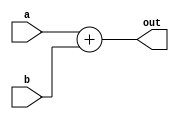
module ADD_behaviour(a, b, out);
	input [31:0] a,b;
	output [31:0] out;
	
	assign out = a + b;
endmodule